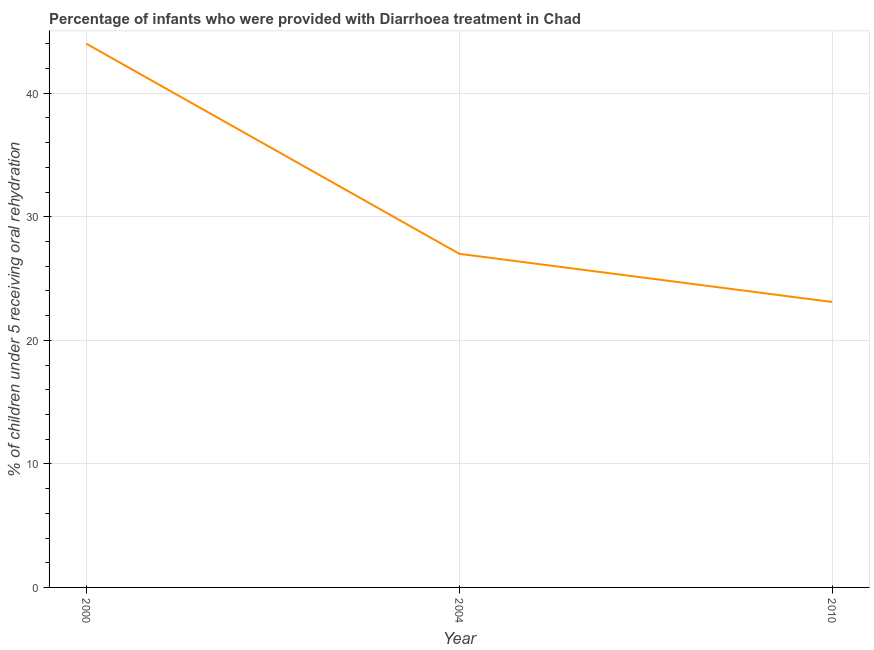
| Year | Diarrhea treatment |
 | --- | --- |
 | 2000 | 44 |
 | 2004 | 27 |
 | 2010 | 23.1 |